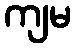
ကျမ